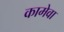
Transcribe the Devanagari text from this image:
कामेवा